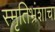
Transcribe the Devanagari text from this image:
स्मृतिभ्रंशाचा